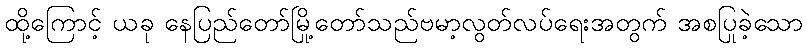
ထို့ကြောင့် ယခု နေပြည်တော်မြို့တော်သည်ဗမာ့လွတ်လပ်ရေးအတွက် အစပြုခဲ့သော